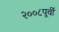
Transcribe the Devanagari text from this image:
२००८पूर्वी